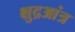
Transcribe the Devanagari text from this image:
क्षुद्रआंत्र